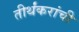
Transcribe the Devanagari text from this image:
तीर्थंकरांची